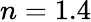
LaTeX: n=1.4